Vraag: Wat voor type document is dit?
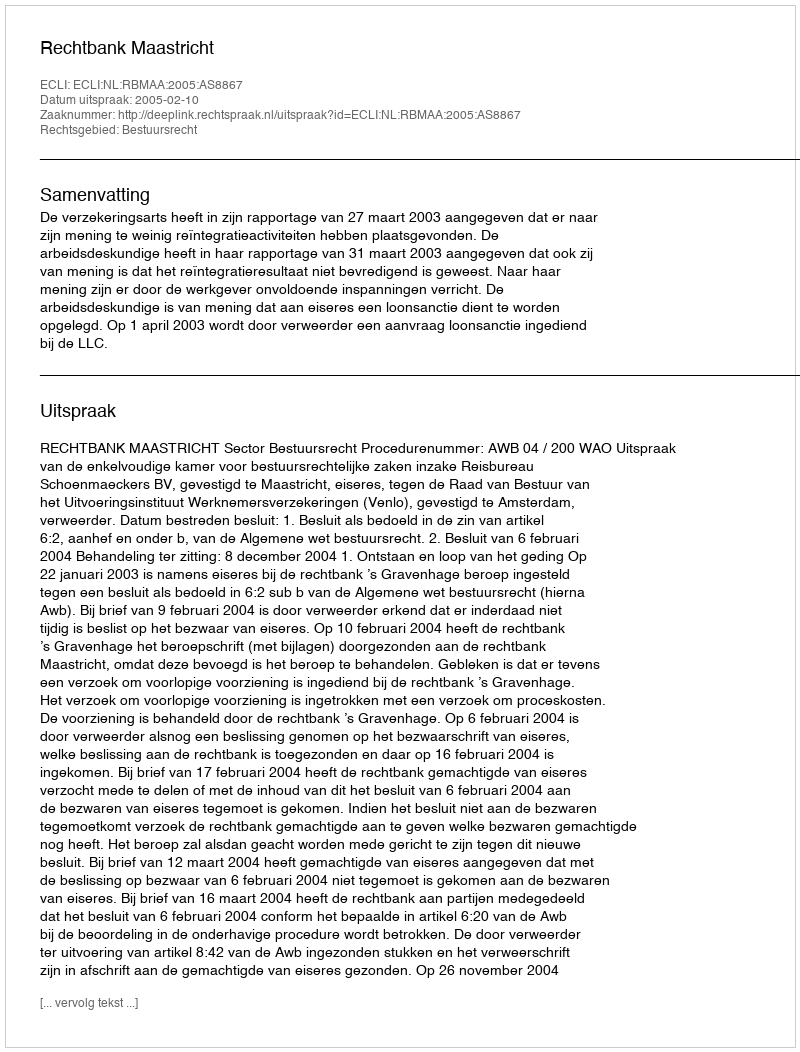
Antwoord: Uitspraak